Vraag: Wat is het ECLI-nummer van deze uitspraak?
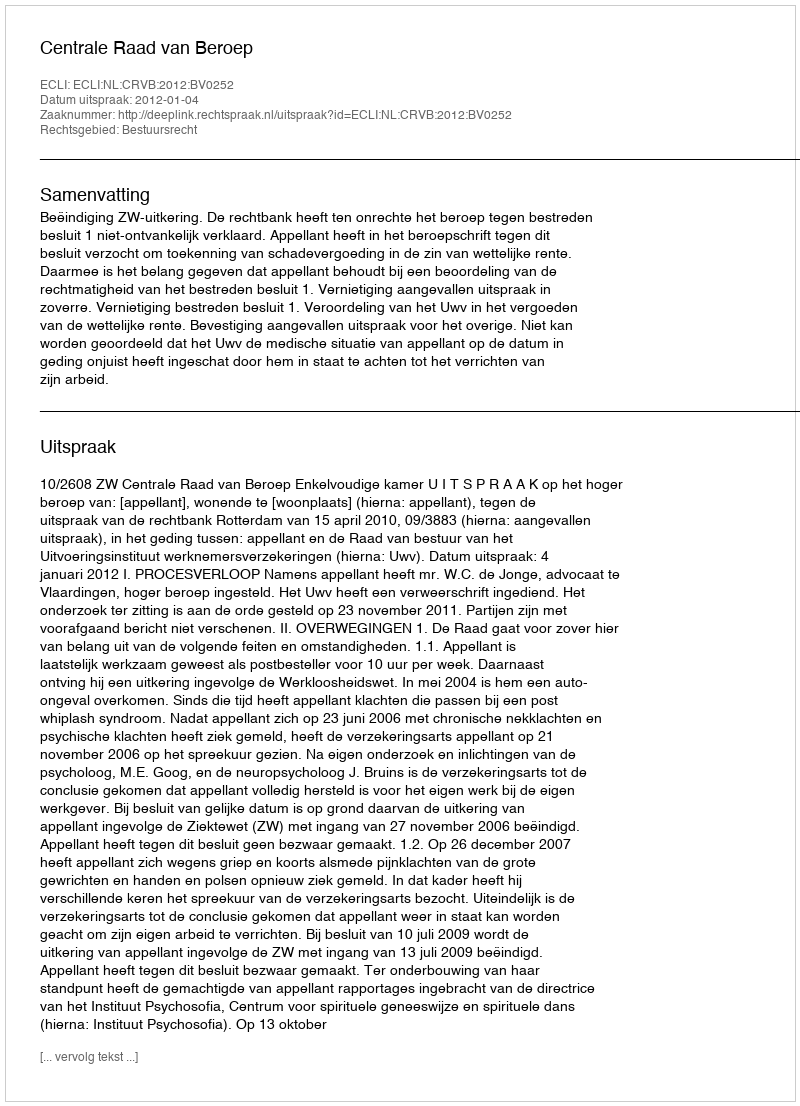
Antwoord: ECLI:NL:CRVB:2012:BV0252